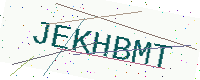
Text: JEKHBMT